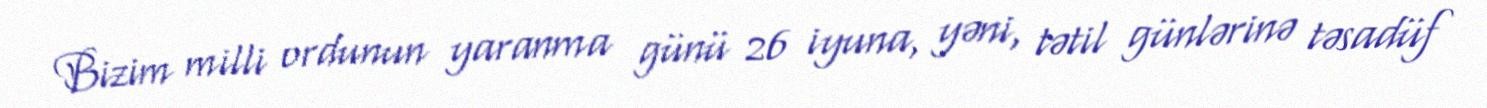
Bizim milli ordunun yaranma günü 26 iyuna, yəni, tətil günlərinə təsadüf